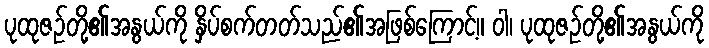
ပုထုဇဉ်တို့၏အနွယ်ကို နှိပ်စက်တတ်သည်၏အဖြစ်ကြောင့်။ ဝါ၊ ပုထုဇဉ်တို့၏အနွယ်ကို